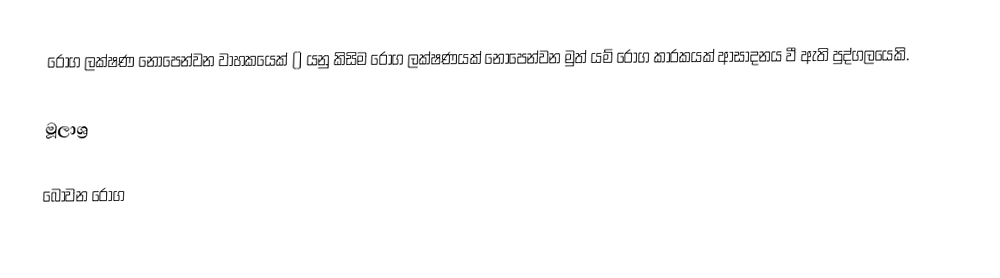
රෝග ලක්ෂණ නොපෙන්වන වාහකයෙක් () යනු කිසිම රෝග ලක්ෂණයක් නොපෙන්වන මුත් යම් රෝග කාරකයක් ආසාදනය වී ඇති පුද්ගලයෙකි.

මූලාශ්‍ර

බෝවන රෝග